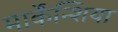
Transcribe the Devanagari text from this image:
मार्केंन्शिया